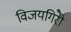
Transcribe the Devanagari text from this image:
विजयगिरी